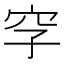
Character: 𥤪